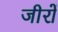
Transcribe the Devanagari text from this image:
जीरों